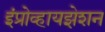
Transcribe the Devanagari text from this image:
इंप्रोव्हायझेशन